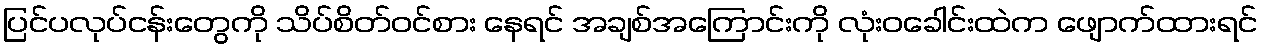
ပြင်ပလုပ်ငန်းတွေကို သိပ်စိတ်ဝင်စား နေရင် အချစ်အကြောင်းကို လုံးဝခေါင်းထဲက ဖျောက်ထားရင်